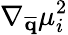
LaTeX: \nabla_{\overline{{\mathbf{q}}}}\mu_{i}^{2}